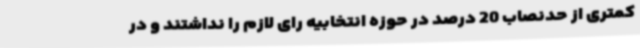
کمتری از حدنصاب 20 درصد در حوزه انتخابیه رای لازم را نداشتند و در